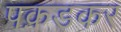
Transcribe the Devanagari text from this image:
पक़डकर